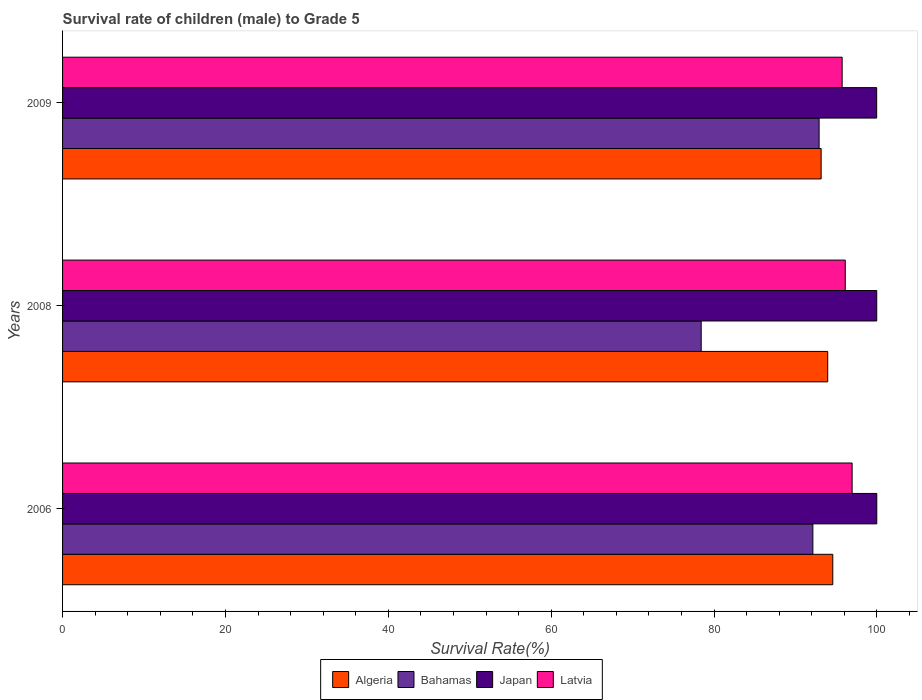
| Years | Algeria | Bahamas | Japan | Latvia |
 | --- | --- | --- | --- | --- |
 | 2006 | 94.6 | 92.1 | 100 | 97 |
 | 2008 | 94 | 78.4 | 100 | 96.1 |
 | 2009 | 93.2 | 92.9 | 100 | 95.7 |